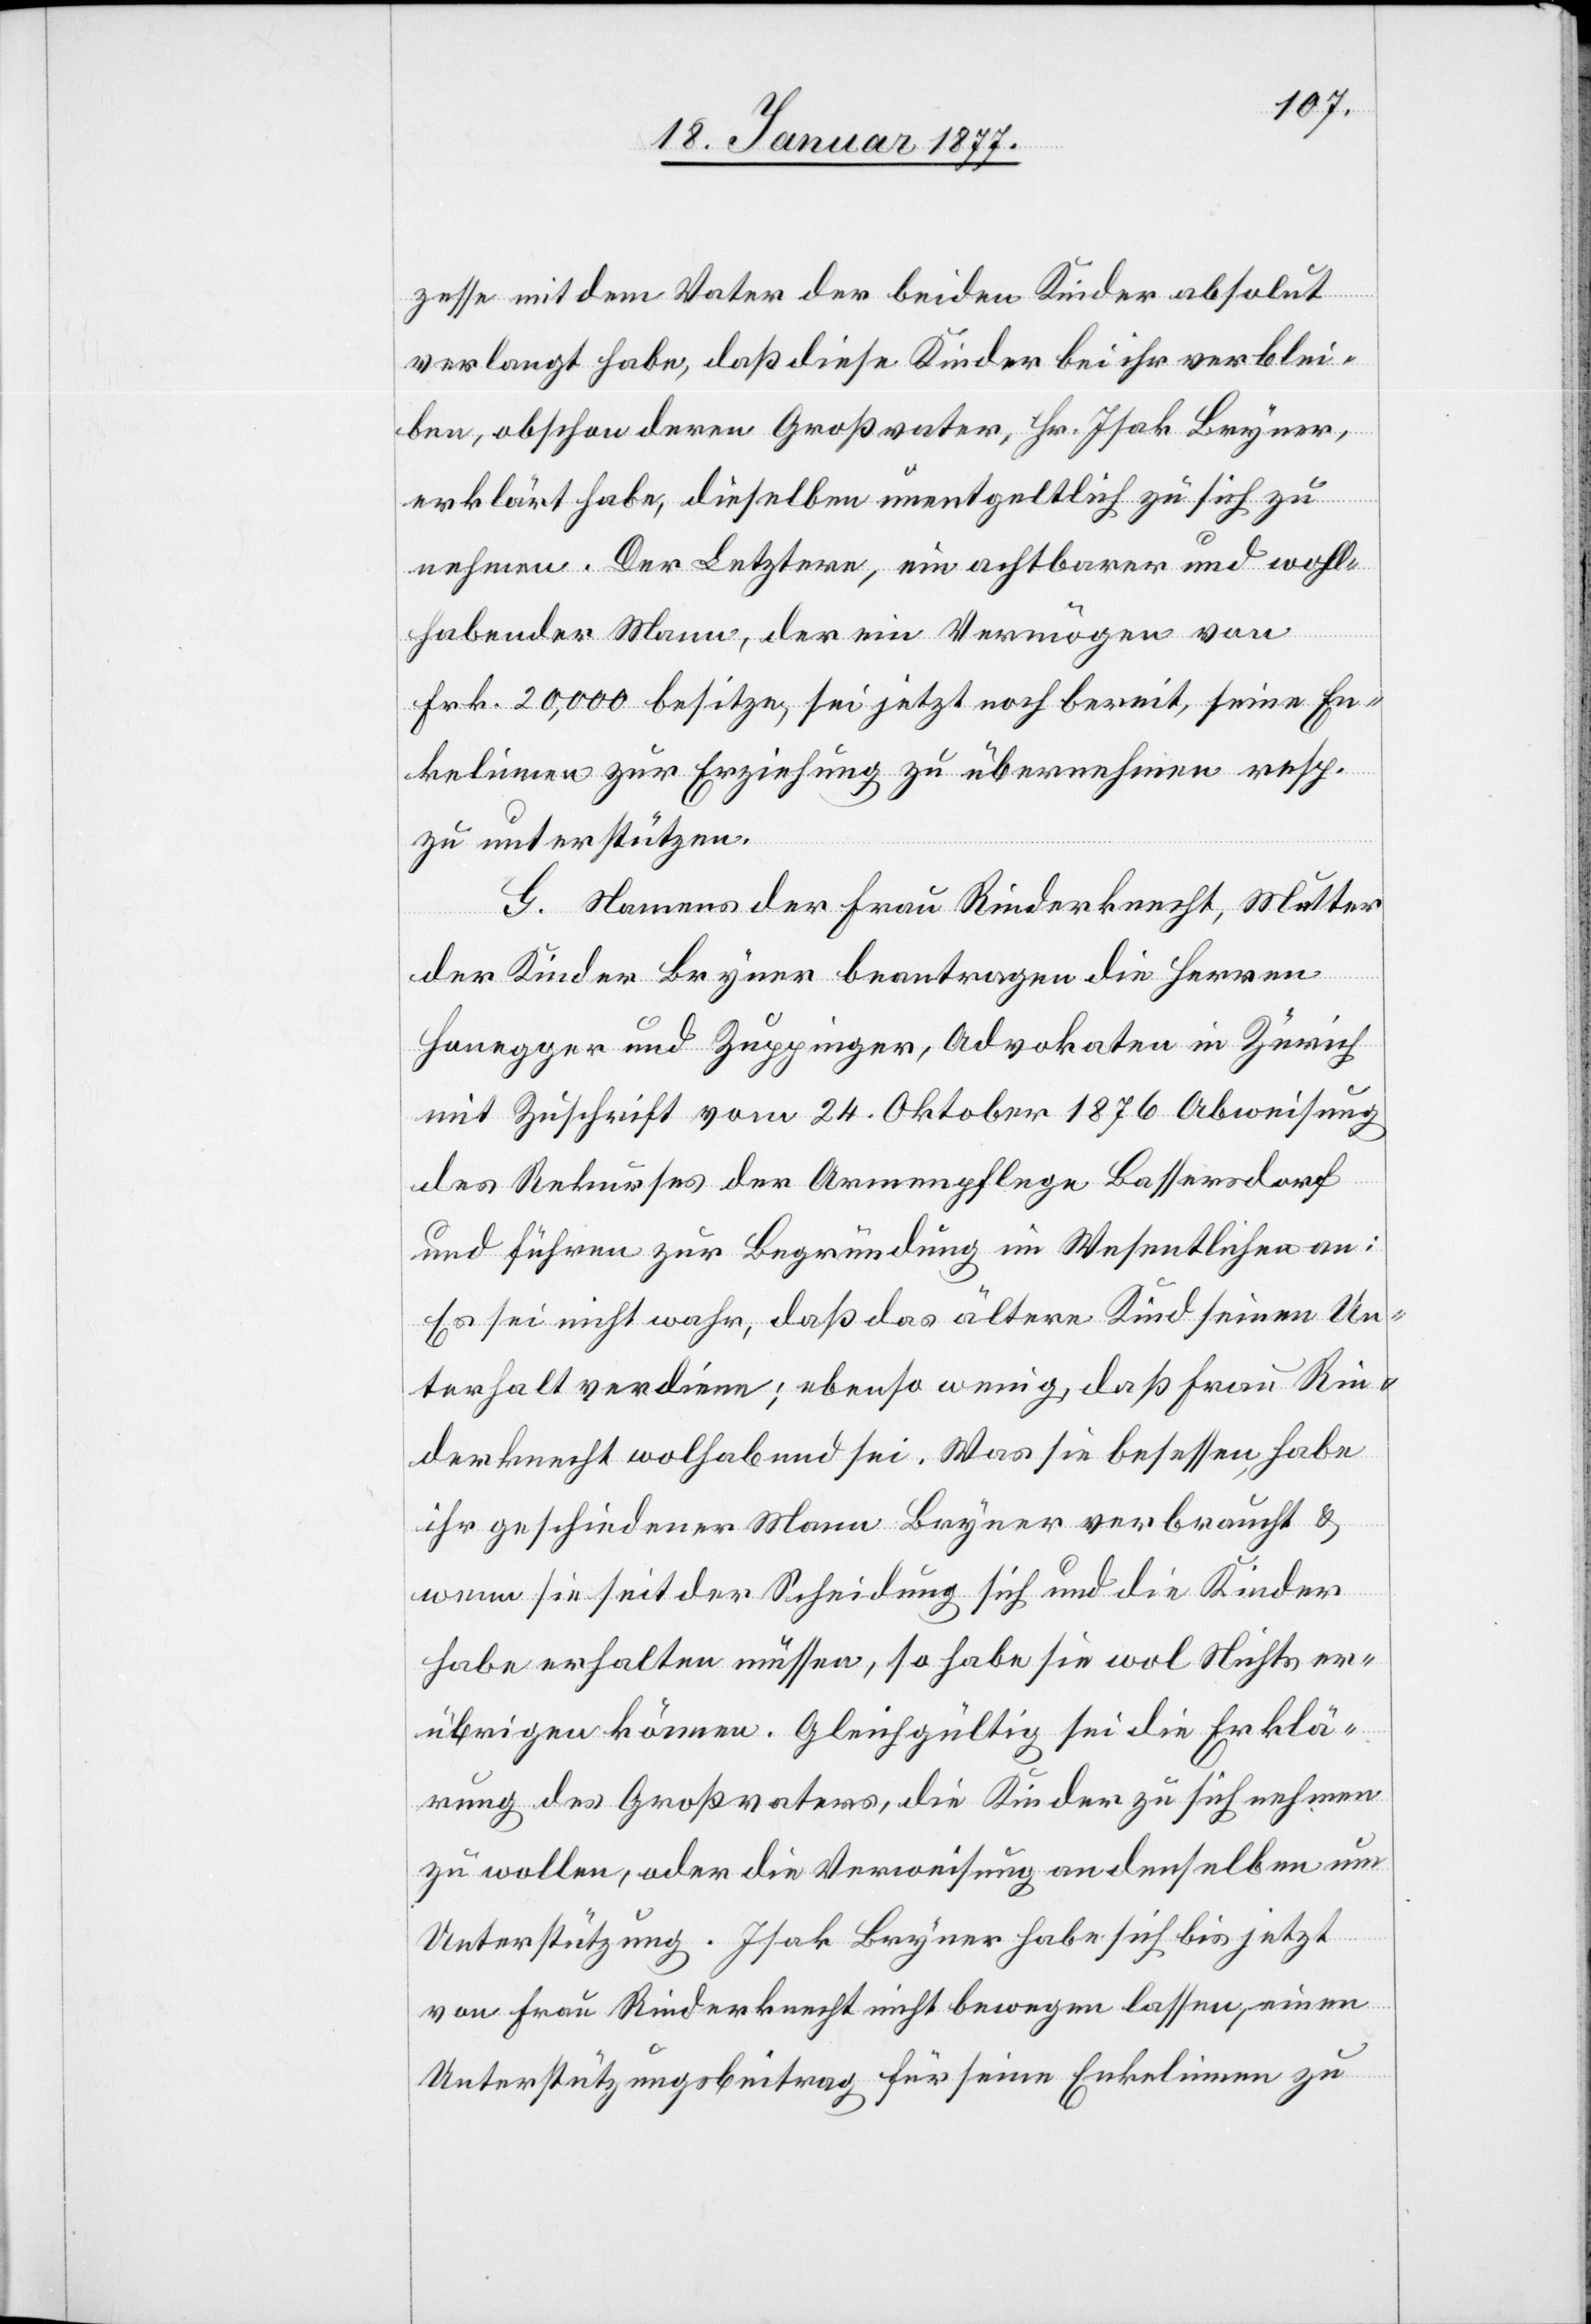
zesse mit dem Vater der beiden Kinder absolut
verlangt habe, daß diese Kinder bei ihr verblei¬
ben, obschon deren Großvater, Hr. Isak Bryner,
erklärt habe, dieselben unentgeltlich zu sich zu
nehmen. Der Letztere, ein achtbarer und wohl¬
habender Mann, der ein Vermögen von
Frk. 20,000 besitze, sei jetzt noch bereit, seine En¬
kelinnen zur Erziehung zu übernehmen resp.
zu unterstützen.
G. Namens der Frau Rinderknecht, Mutter
der Kinder Bryner beantragen die Herren
Honegger und Zuppinger, Advokaten in Zürich
mit Zuschrift vom 24. Oktober 1876 Abweisung
des Rekurses der Armenpflege Bassersdorf
und führen zur Begründung im Wesentlichen an:
Es sei nicht wahr, daß das ältere Kind seinen Un¬
terhalt verdiene; ebenso wenig, daß Frau Rin¬
derknecht wolhabend sei. Was sie besessen, habe
ihr geschiedener Mann Bryner verbraucht &
wenn sie seit der Scheidung sich und die Kinder
habe erhalten müssen, so habe sie wol Nichts er¬
übrigen können. Gleichgültig sei die Erklä¬
rung des Großvaters, die Kinder zu sich nehmen
zu wollen, oder die Verweisung an denselben um
Unterstützung. Isak Bryner habe sich bis jetzt
von Frau Rinderknecht nicht bewegen lassen, einen
Unterstützungsbeitrag für seine Enkelinnen zu